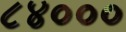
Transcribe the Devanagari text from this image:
८४०००